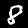
Label: 8